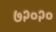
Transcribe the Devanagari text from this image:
७२०२०